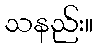
သနည်း။